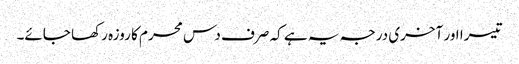
تیسرا اور آخری درجہ یہ ہے کہ صرف دس محرم کا روزہ رکھا جائے۔